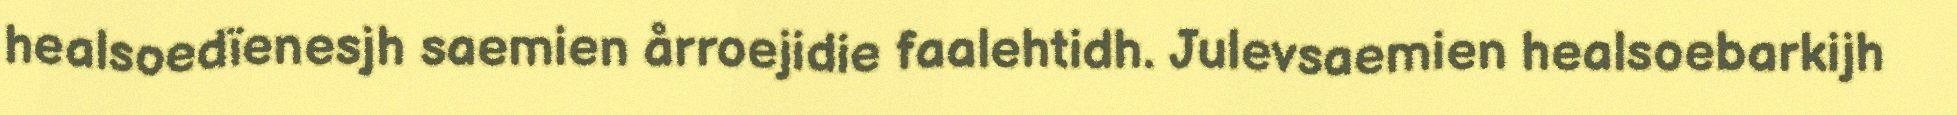
healsoedïenesjh saemien årroejidie faalehtidh. Julevsaemien healsoebarkijh